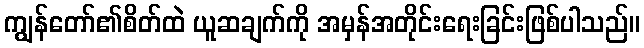
ကျွန်တော်၏စိတ်ထဲ ယူဆချက်ကို အမှန်အတိုင်းရေးခြင်းဖြစ်ပါသည်။